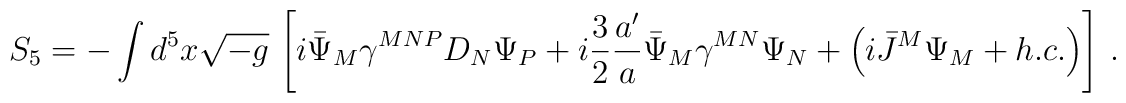
S_5 = -\int d^5x\sqrt{-g}\, \left[i    \bar\Psi_M\gamma^{MNP}D_N\Psi_{P}    +i\frac{3}{2}\frac{a^\prime}{a} \bar\Psi_M\gamma^{MN}    \Psi_{N}+\left(i\bar J^M  \Psi_{M}+h.c.\right)\right]\, .